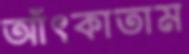
আঁৎকাতাম